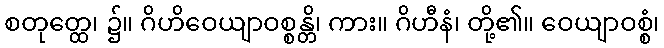
စတုတ္ထေ၊ ၌။ ဂိဟိဝေယျာဝစ္စန္တိ၊ ကား။ ဂိဟီနံ၊ တို့၏။ ဝေယျာဝစ္စံ၊